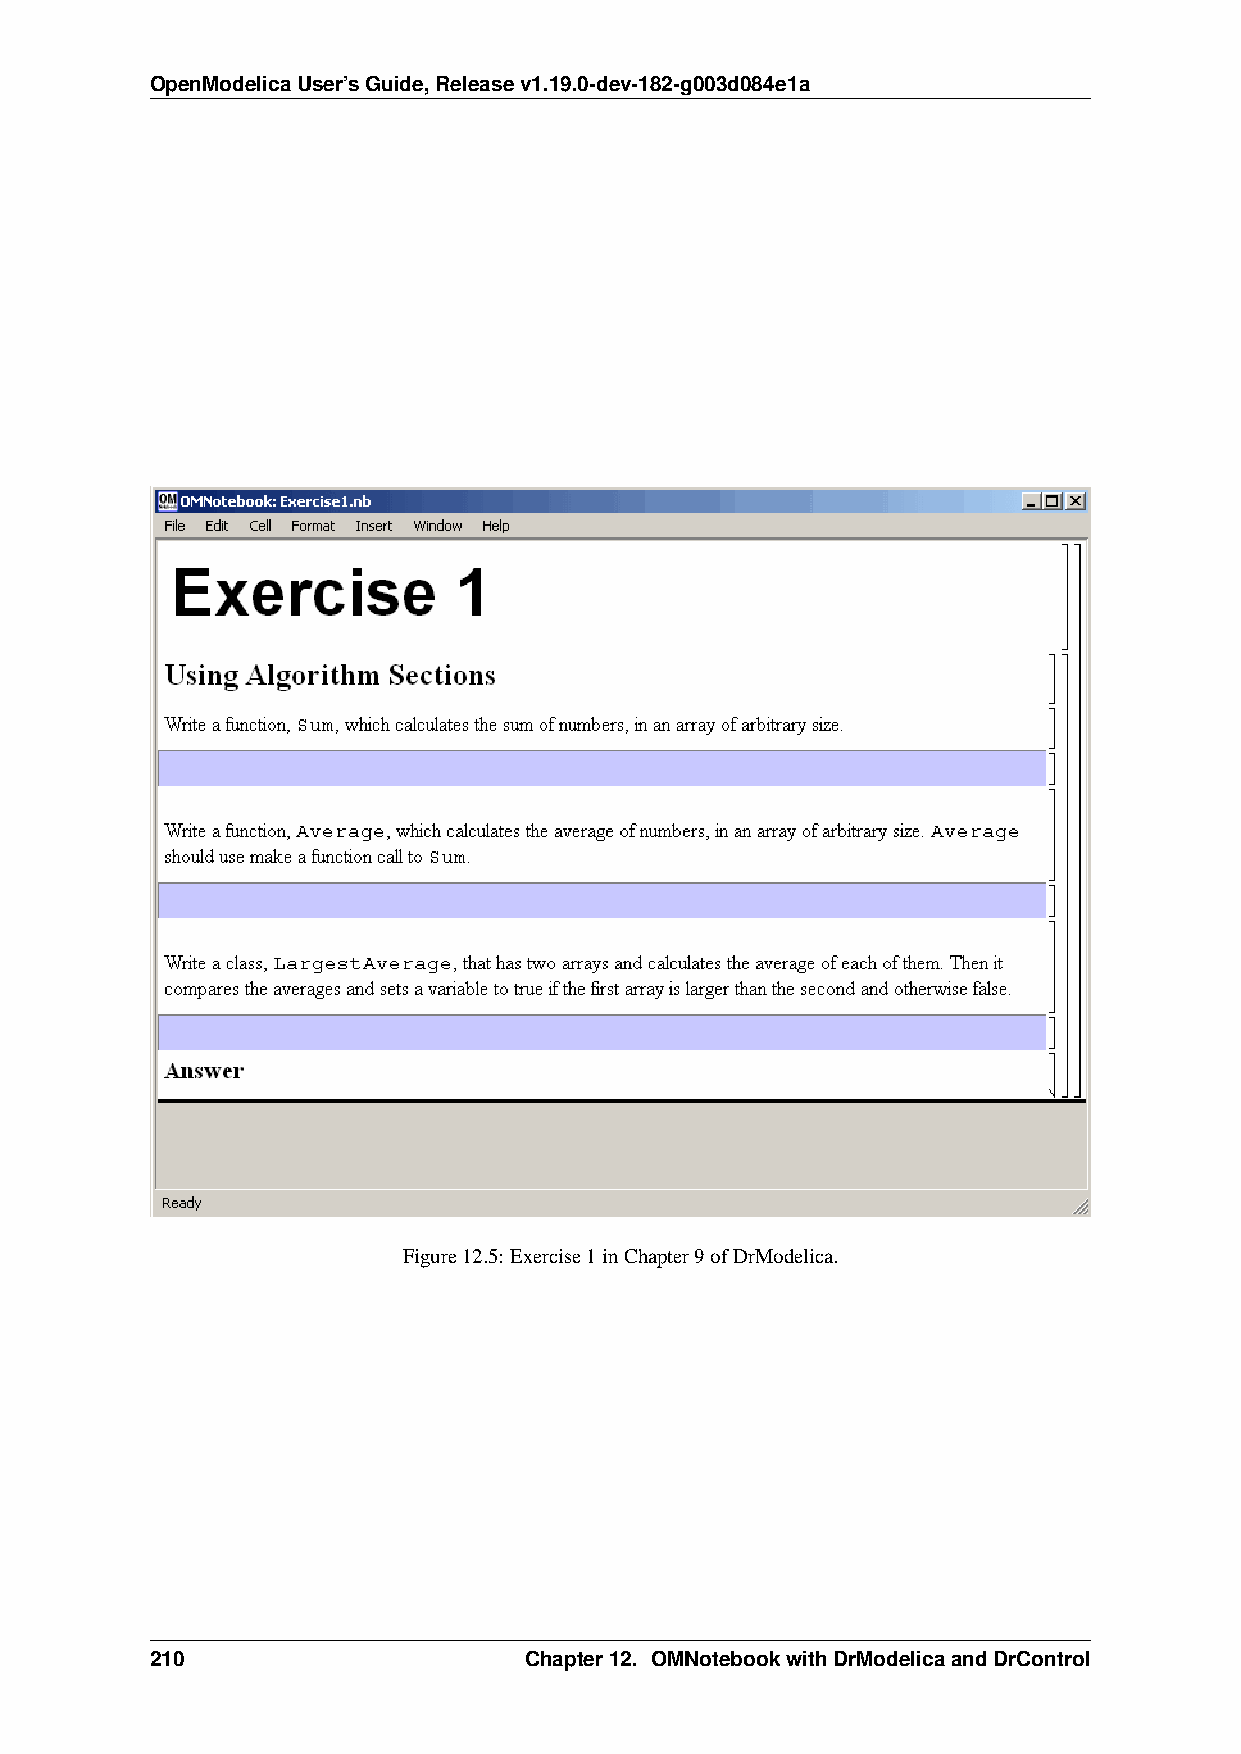
OpenModelicaUser’sGuide,Releasev1.19.0-dev-182-g003d084e1a
 Figure12.5: Exercise1inChapter9ofDrModelica.
 210                      Chapter12. OMNotebookwithDrModelicaandDrControl